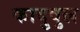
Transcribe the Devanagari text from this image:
कादुवुल